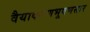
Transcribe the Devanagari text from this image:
वैयाकरणभूषणसार